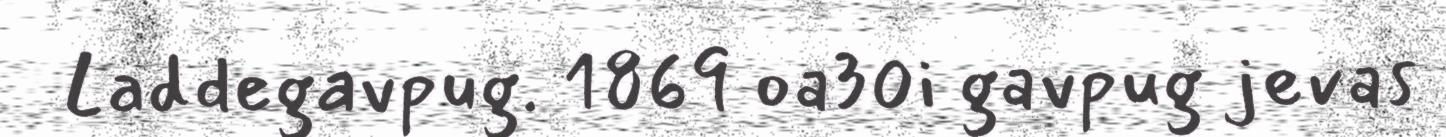
Laddegavpug. 1869 oa30i gavpug jevas